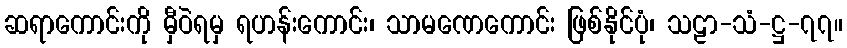
ဆရာကောင်းကို မှီဝဲရမှ ရဟန်းကောင်း၊ သာမဏေကောင်း ဖြစ်နိုင်ပုံ၊ သဠာ-သံ-ဋ္ဌ-၇၇။